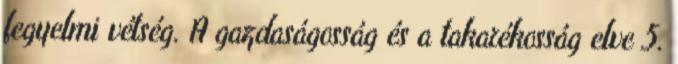
fegyelmi vétség. A gazdaságosság és a takarékosság elve 5.